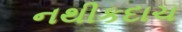
નથીકદાચ